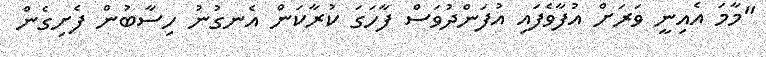
"މާމަ އެއިނީ ވަރަށް އުފާވެފައި އުފަންދުވަސް ފާހަގަ ކުރާކަން އެނގުނު ހިސާބުން ފެށިގެން